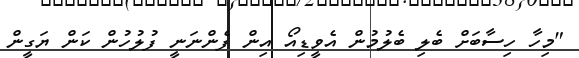
"މިހާ ހިސާބަށް ބެލި ބެލުމުން އެވީޑިއޯ އިން ފެންނަނީ ފުލުހުން ކަން ޔަގީން